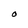
Character: O